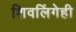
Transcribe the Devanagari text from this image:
शिवलिंगेही